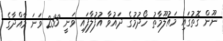
ނޫން ގޮތުގައި މައުލޫމާތު ހޯދުމުގެ ދައުވާ އުފުލާފައި ވަނީ 233 ވަނަ މާއްދާގެ